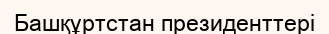
Башқұртстан президенттері